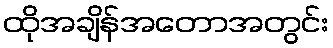
ထိုအချိန်အတောအတွင်း